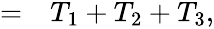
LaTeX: \begin{array}{rl}{=}&{{}T_{1}+T_{2}+T_{3},}\end{array}